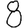
Digit: 8